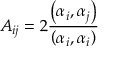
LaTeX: A _ { i j } = 2 { \frac { \left( \alpha _ { i } , \alpha _ { j } \right) } { \left( \alpha _ { i } , \alpha _ { i } \right) } }